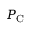
P _ { \mathrm { C } }